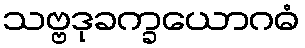
သဗ္ဗဒုခက္ခယောဂဓံ